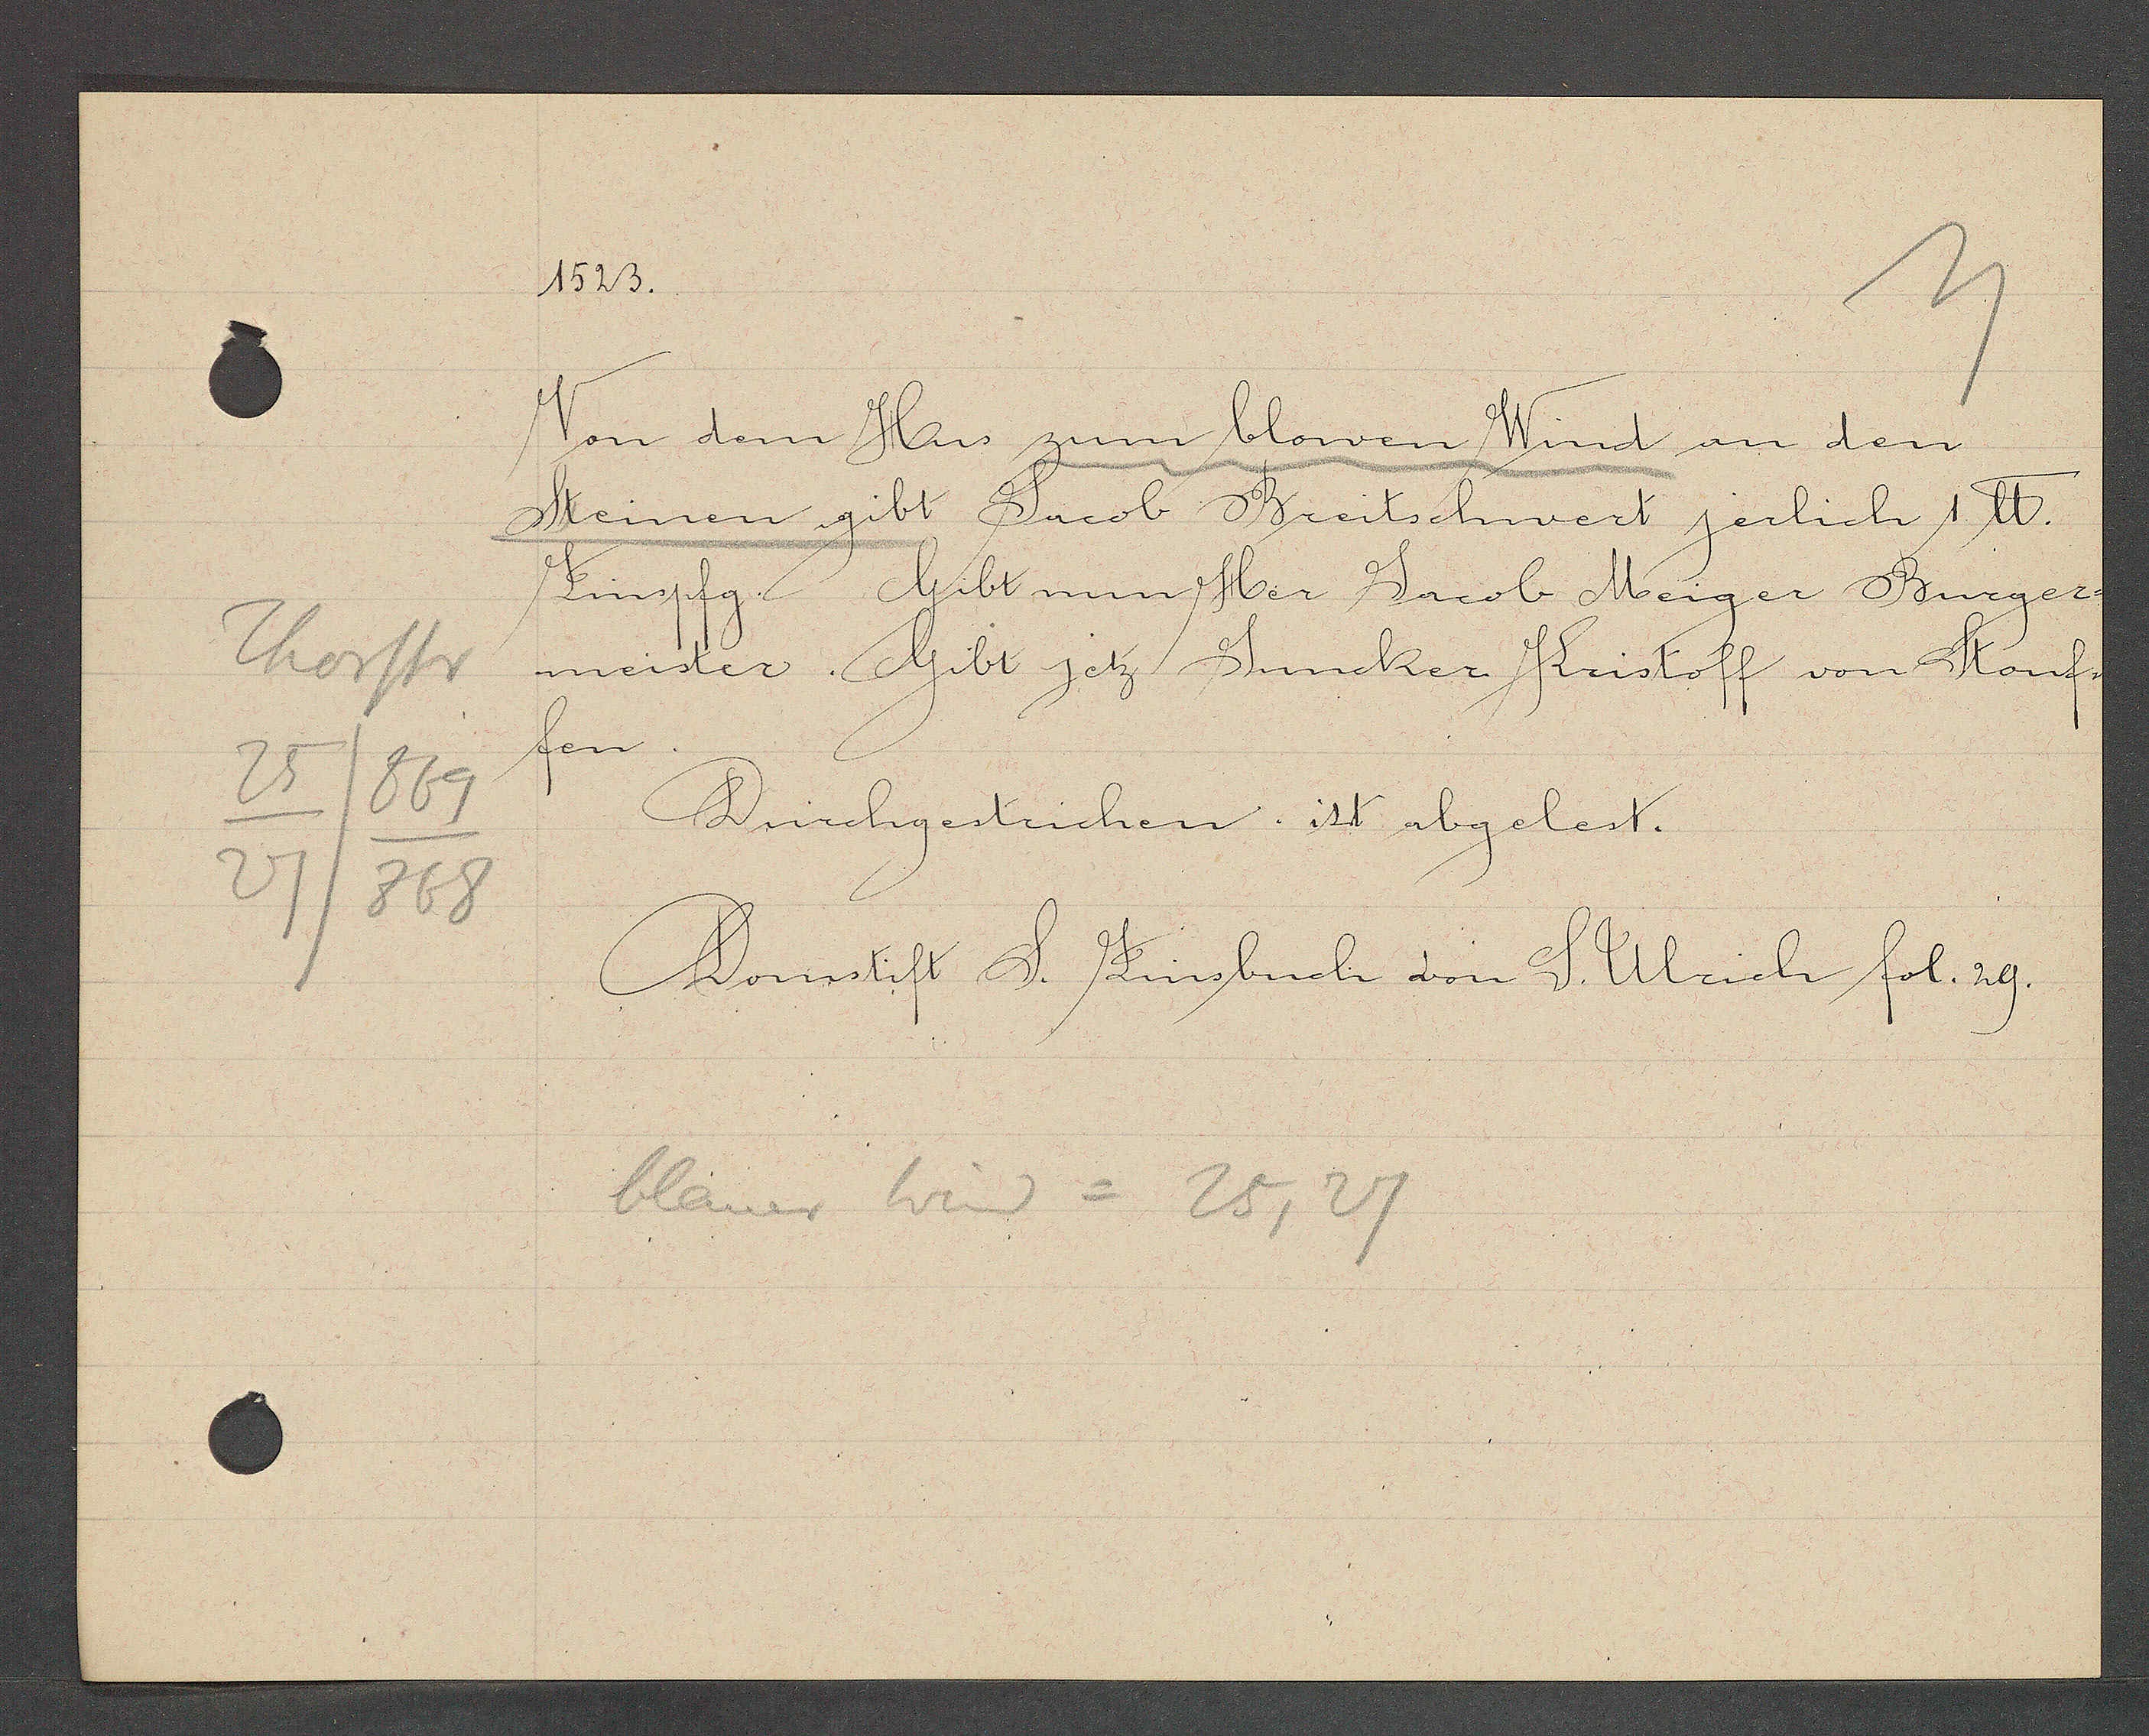
Transcript:
Thorstr
25/869
27/866

1523.

von dem Hus zum blowen Wind an den
Steinen gibt Jacob Breitschwert jerlich 1 ℔.
Zinspfg.
Gibt nun Her Jacob Meiger Burger¬
meister. Gibt jetz Juncker Kristoff von Stouf¬
fen.
Durchgestrichen. ist abgelest.

Domstift S. Zinsbuch von S. Ulrich fol. 29.

blauer Wind = 25, 27